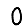
Digit: 0